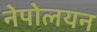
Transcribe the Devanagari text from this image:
नेपोलयन